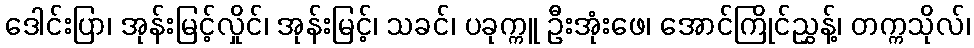
ဒေါင်းပြာ၊ အုန်းမြင့်လှိုင်၊ အုန်းမြင့်၊ သခင်၊ ပခုက္ကူ ဦးအုံးဖေ၊ အောင်ကြိုင်ညွှန့်၊ တက္ကသိုလ်၊